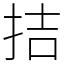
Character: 拮